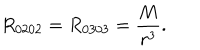
LaTeX: R _ { 0 2 0 2 } = R _ { 0 3 0 3 } = \frac M { r ^ { 3 } } .